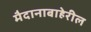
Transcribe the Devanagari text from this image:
मैदानाबाहेरील